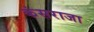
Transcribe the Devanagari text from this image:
कंसराजा